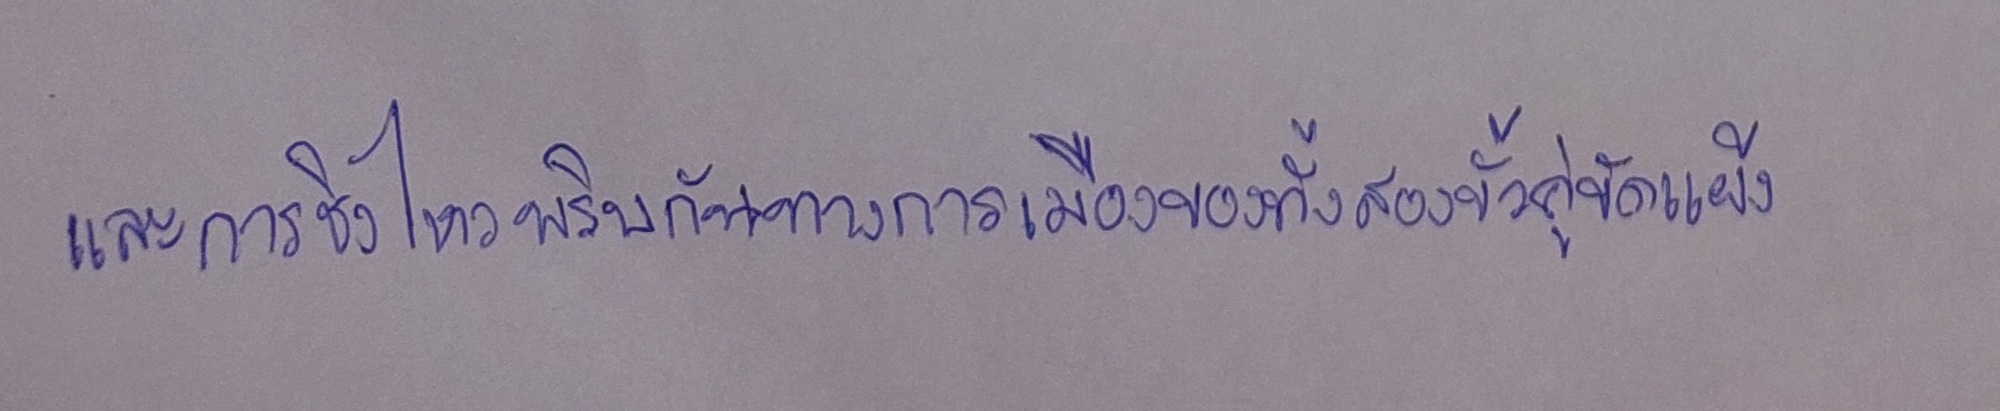
และการชิงไหวพริบกันทางการเมืองของทั้งสองขั้วคู่ขัดแย้ง